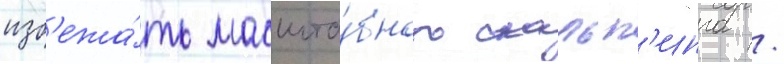
изб'ежа́ть масшта́бного скальп'инга /